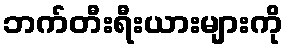
ဘက်တီးရီးယားများကို